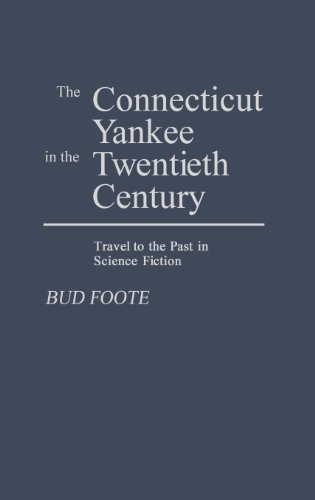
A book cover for The Connecticut Yankee in the Twentieth Century: Travel to the Past in Science Fiction (Contributions to the Study of Science Fiction and Fantasy); Bud Foote; Science Fiction & Fantasy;